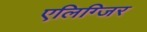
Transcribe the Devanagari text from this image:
एलिग्जिर